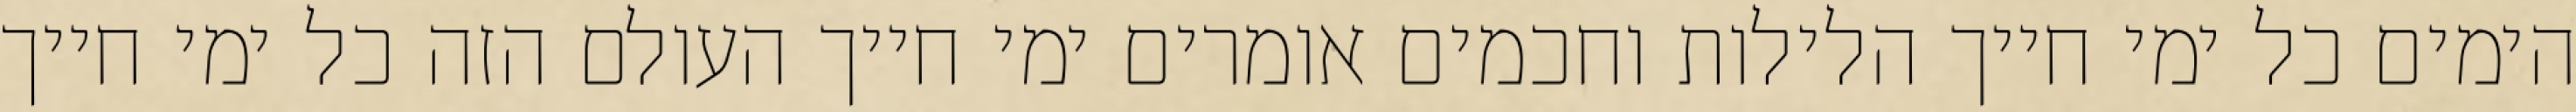
הימים כל ימי חייך הלילות וחכמים אומרים ימי חייך העולם הזה כל ימי חייך